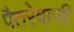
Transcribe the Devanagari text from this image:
पैतरेवाजी